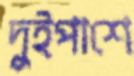
দুইপাশে